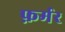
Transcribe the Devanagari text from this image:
फ़र्मर